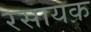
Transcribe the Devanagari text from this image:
रसायक